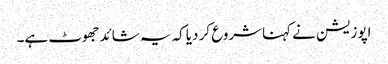
اپوزیشن نے کہناشروع کر دیاکہ یہ شائدجھوٹ ہے۔